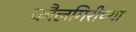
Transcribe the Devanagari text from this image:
कौलगिरीच्या